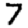
Digit: 7